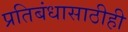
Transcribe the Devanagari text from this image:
प्रतिबंधासाठीही